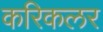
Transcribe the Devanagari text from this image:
करिकलर